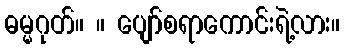
ဓမ္မဂုတ်။ ။ ပျော်စရာကောင်းရဲ့လား။